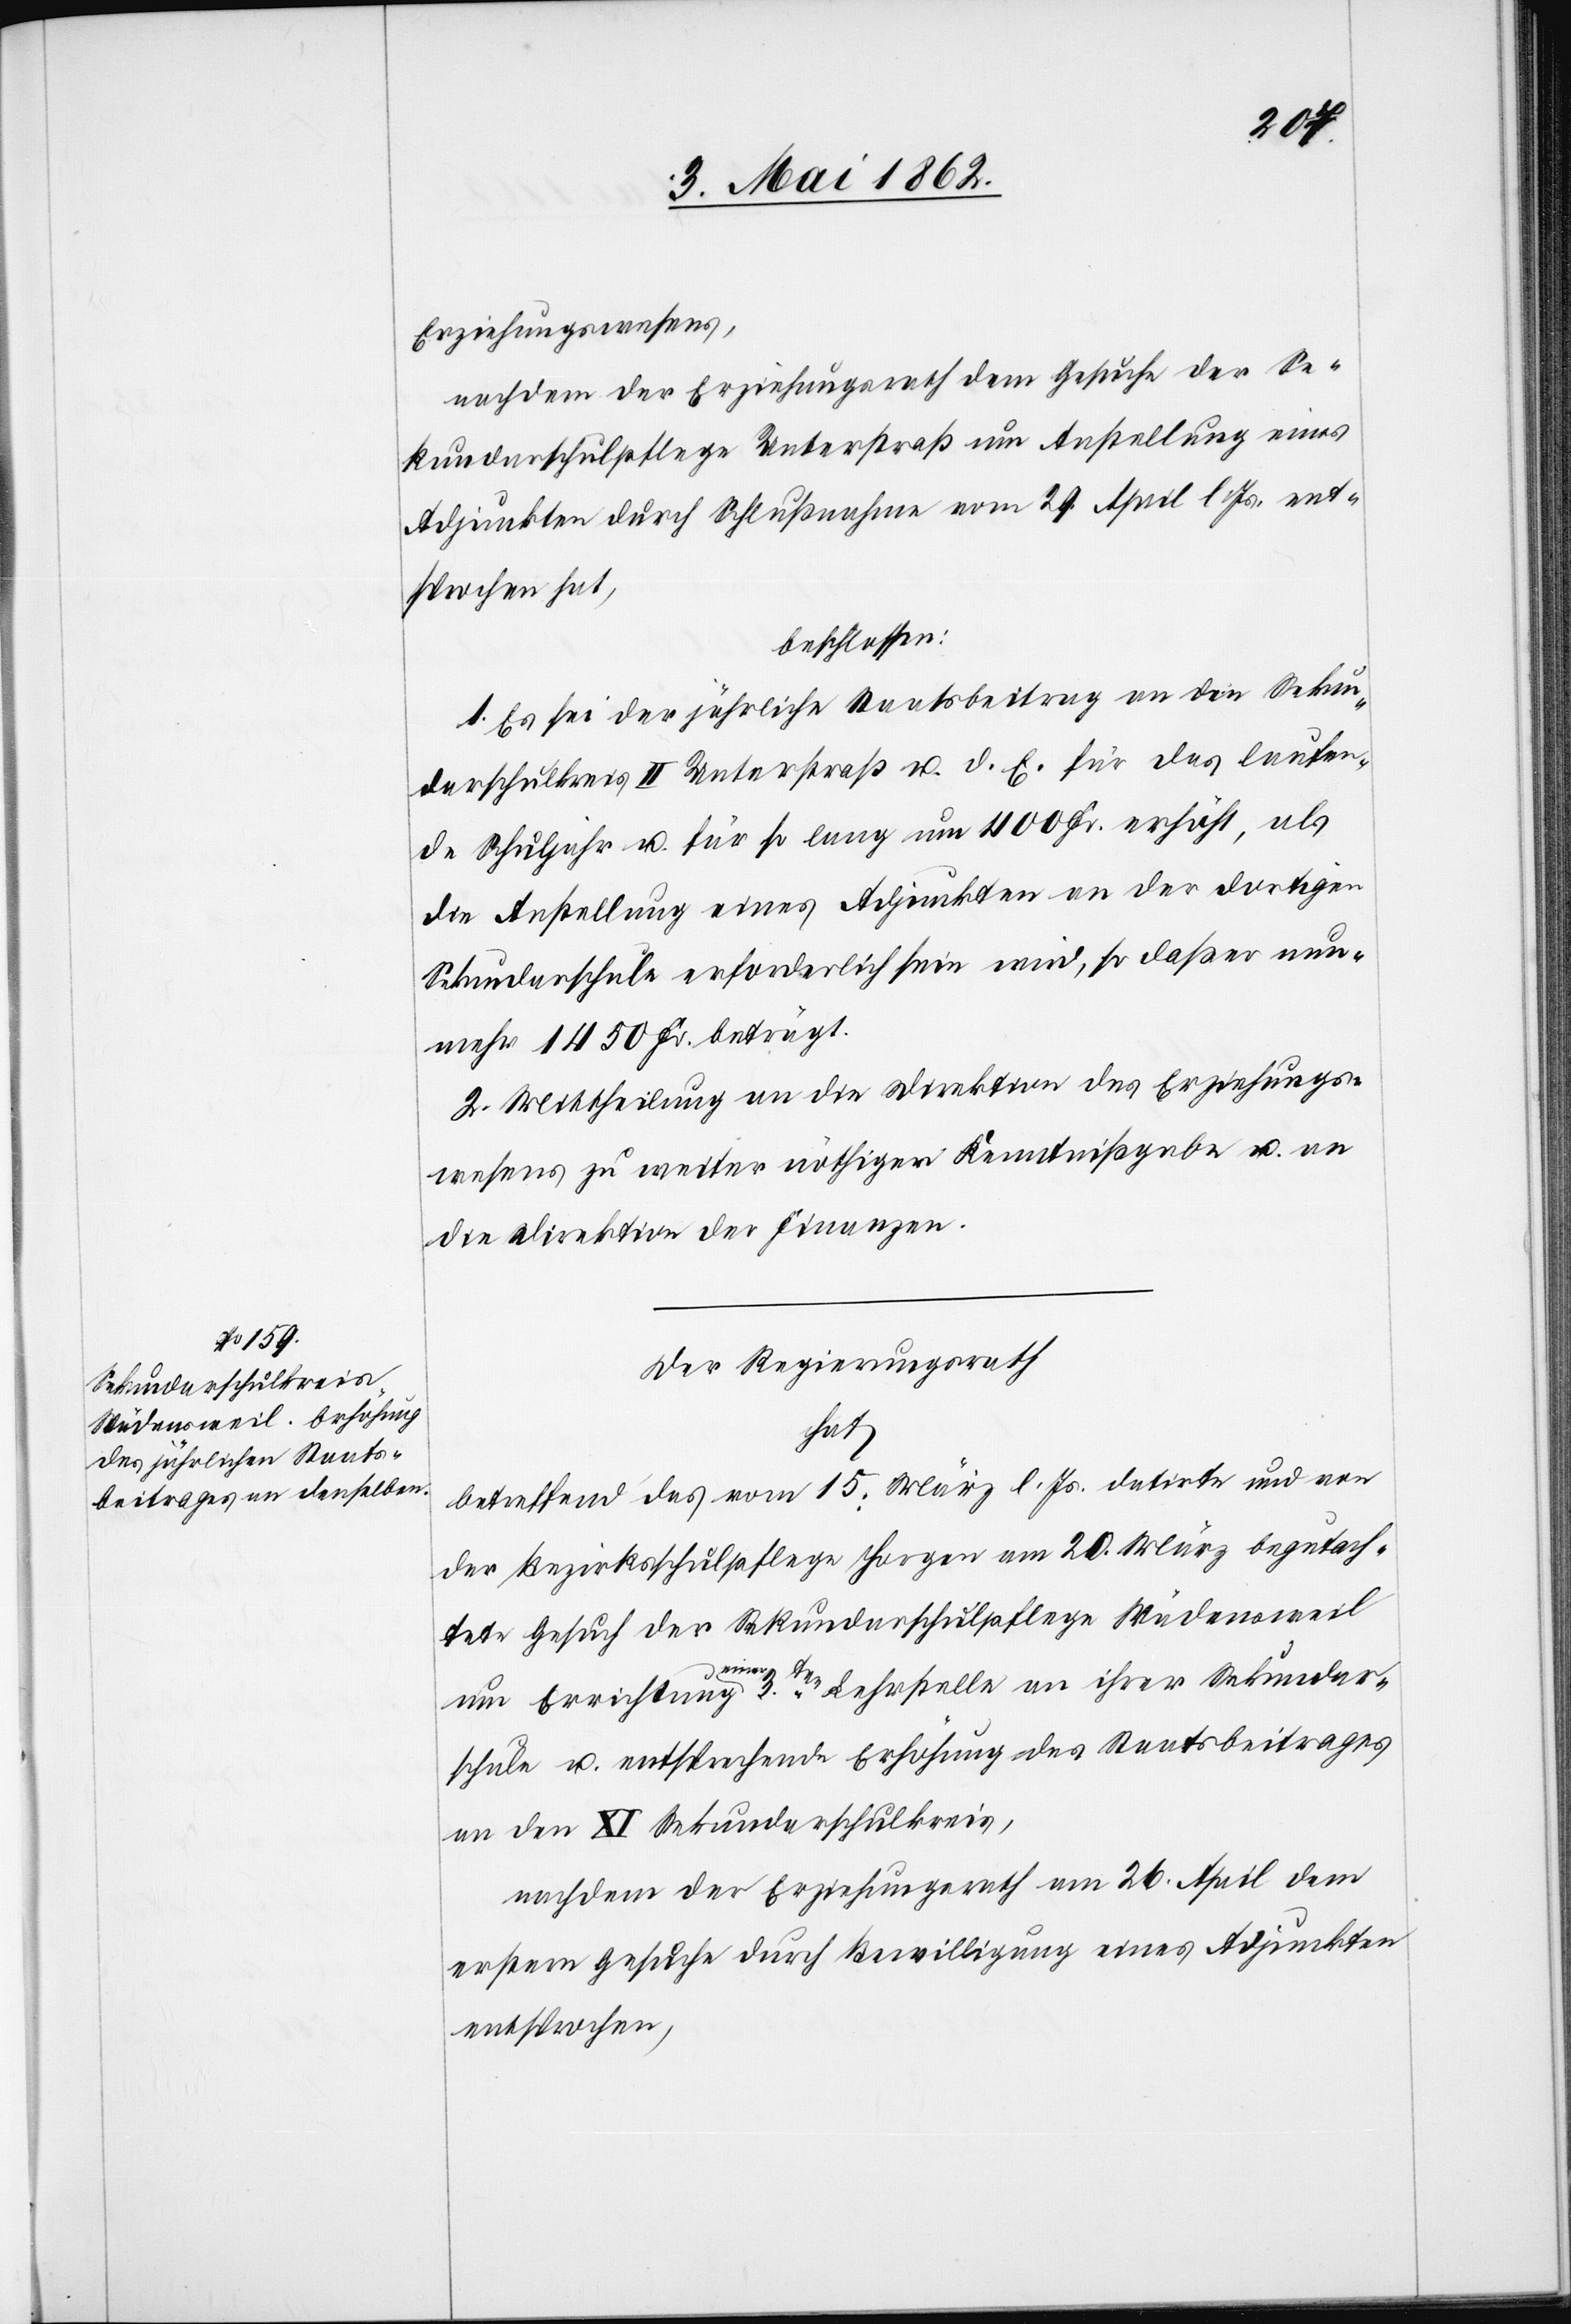
Erziehungswesens,
nachdem der Erziehungsrath dem Gesuche der Se¬
kundarschulpflege Unterstraß um Anstellung eines
Adjunkten durch Schlußnahme vom 29. April l. Js. ent¬
sprochen hat,
beschlossen:
1. Es sei der jährliche Staatsbeitrag an den Sekun¬
darschulkreis II Unterstraß u. d. E. das laufen¬
de Schuljahr u. für so lang um 400 Fr. erhöht, als
die Anstellung eines Adjunkten an der dortigen
Sekundarschule erforderlich sein wird, so daß er nun¬
mehr 1450 Fr. beträgt.
2. Mittheilung an die Direktion des Erziehungs¬
wesens zu weiter nöthiger Kenntnißgabe u. an
die Direktion der Finanzen.
Der Regierungsrath
hat
betreffend das vom 15. März l. Js. datirte und von
der Bezirksschulpflege Horgen am 20. März begutach¬
tete Gesuch der Sekundarschulpflege Wädensweil
um Errichtung einer 3ten Lehrstelle an ihrer Sekundar¬
schule u. entsprechende Erhöhung des Staatsbeitrages
an den XI Sekundarschulkreis,
nachdem der Erziehungsrath am 26. April dem
erstem Gesuche durch Bewilligung eines Adjunkten
entsprochen,